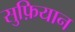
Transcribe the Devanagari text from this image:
सुफ़ियान